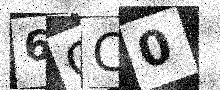
Text: 6CC0